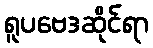
ရူပဗေဒဆိုင်ရာ